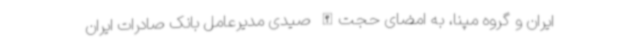
ایران و گروه مپنا، به امضای حجت‌الله صیدی مدیرعامل بانک صادرات ایران